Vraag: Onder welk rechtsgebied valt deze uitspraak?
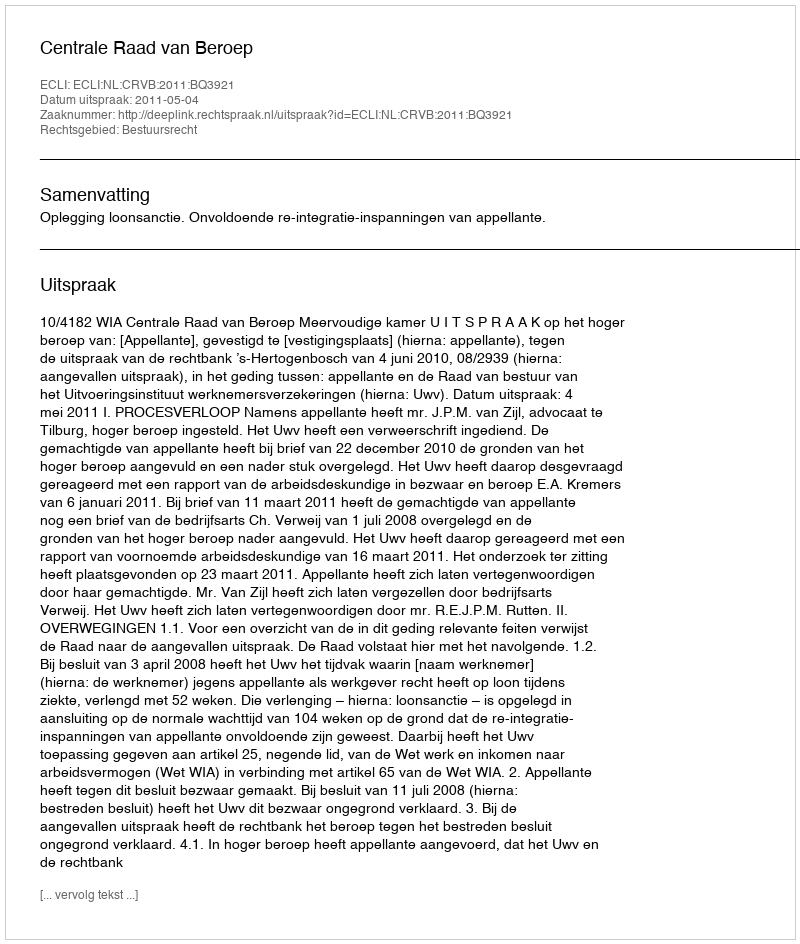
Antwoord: Bestuursrecht